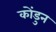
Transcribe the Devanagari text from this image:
कोंडुन